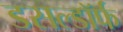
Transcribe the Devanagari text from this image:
डसल्डॉर्फ